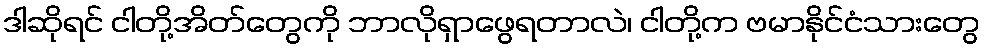
ဒါဆိုရင် ငါတို့အိတ်တွေကို ဘာလိုရှာဖွေရတာလဲ၊ ငါတို့က ဗမာနိုင်ငံသားတွေ